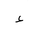
Letter: _hamza